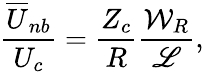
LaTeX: \frac{\overline{{U}}_{nb}}{U_{c}}=\frac{Z_{c}}{R}\frac{\mathcal{W}_{R}}{\mathscr{L}},